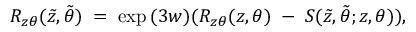
R _ { z \theta } ( \tilde { z } , \tilde { \theta } ) \; = \; \exp { ( 3 w ) } ( R _ { z \theta } ( z , \theta ) \; - \; \nonumber S ( \tilde { z } , \tilde { \theta } ; z , \theta ) ) ,